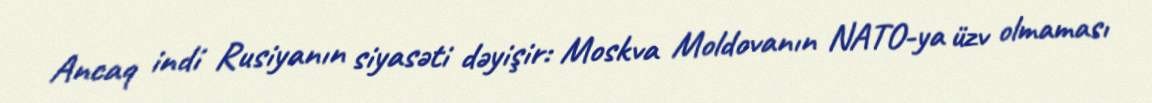
Ancaq indi Rusiyanın siyasəti dəyişir: Moskva Moldovanın NATO-ya üzv olmaması